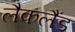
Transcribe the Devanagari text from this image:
लैकलैंड